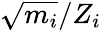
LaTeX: \sqrt{m_{i}}/Z_{i}